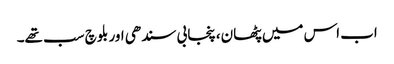
اب اس میں پٹھان، پنجابی سندھی اور بلوچ سب تھے۔